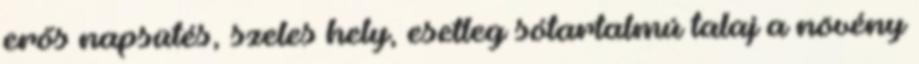
erős napsütés, szeles hely, esetleg sótartalmú talaj a növény